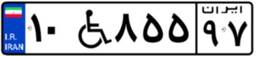
۱۰W۸۵۵۹۷